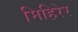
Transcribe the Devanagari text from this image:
मिहिरेर